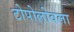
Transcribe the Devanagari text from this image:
टोपोलोवला